Report on vaccination North-West Frontier Province 1904-1922 - 1904-1922
Year: 1904
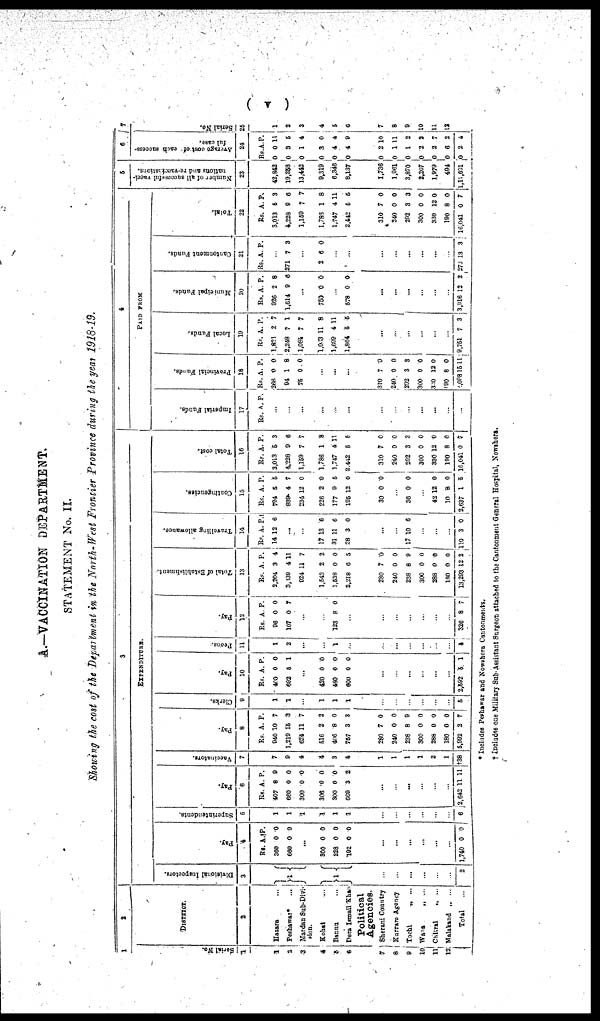
( v )
A.—VACCINATION DEPARTMENT.
STATEMENT No. II.
Showing the cost of the Department in the North-West Frontier Province during the year 1918-19.
1
Serial No.
1
1
2
3
4
5
6
7
8
9
10
11
12
2
DISTRICT.
2
Hazara ...
Peshawar* ...
Mardan Sub-Divi-
sion.
Kohat ...
Bannu ...
Dera Ismail Khan
Political
Agencies.
Sherani Country
Kurram Agency
Tochi
„
...
Wana„
...
Chitral„
...
Malakand „ ...
Total...
3
EXPENDITURE.
Divisional Inspectors.
3
1
1
...
...
...
...
...
...
2
Pay.
4
Rs.
360
660
A.
0
0
P.
0
0
...
300
228
102
0
0
0
0
0
0
...
...
...
...
...
...
1,740 0 0
Superintendents.
5
1
1
1
1
1
1
...
...
...
...
...
...
6
Pay.
6
Rs.
407
660
300
306
300
669
A.
8
0
0
0
0
3
P.
9
0
0
0
0
2
...
...
...
...
...
...
2,642 11 11
Vaccinators.
7
7
9
4
4
3
4
1
1
1
1
2
1
†38
Pay.
8
Rs.
940
1,219
624
516
406
757
A.
10
15
11
2
8
3
P.
7
3
7
2
0
3
280
240
238
300
288
180
5,902
7
0
8
0
0
0
2
0
0
9
0
0
0
7
Clerks.
9
1
1
...
1
1
1
...
...
...
...
...
...
5
Pay.
10
Rs.
400
692
A.
0
5
P.
0
1
...
420
480
600
0
0
0
0
0
0
...
...
...
...
...
...
2,592 5 1
Peons.
11
1
2
...
...
1
...
...
...
...
...
...
...
4
Pay.
12
Rs.
96
107
A.
0
0
P.
0
7
...
...
123 8 0
...
...
...
...
...
...
...
326 8 7
Total of Establishment.
13
Rs.
2,204
3,339
924
1,542
1,538
2,218
A.
3
4
11
2
0
6
P.
4
11
7
2
0
5
280
240
238
300
288
180
13,293
7
0
8
0
0
0
12
0
0
9
0
0
0
2
Travelling allowance.
14
Rs
14
A
12
P.
6
...
...
17
31
28
13
11
3
6
6
0
...
...
17 10 6
...
...
...
110 3 0
Contingencies.
15
Rs.
794
889
234
226
177
195
A.
5
4
12
2
9
12
P.
5
7
0
0
5
0
30 0 0
...
36 0 0
...
43
10
2,637
12
8
1
0
0
5
Total cost.
16
Rs.
3,013
4,228
1,159
1,786
1,747
2,442
A.
5
9
7
1
4
5
P.
3
6
7
8
11
5
310
240
292
300
330
190
16,041
7
0
3
0
12
8
0
0
0
3
0
0
0
7
4
PAID FROM
Imperial Funds.
17
Rs. A. P.
...
...
...
...
...
...
...
...
...
...
...
...
...
Provincial Funds.
18
Rs.
268
94
75
A.
0
1
0
P.
0
8
0
...
...
...
310
240
292
300
330
190
2,098
7
0
3
0
12
8
15
0
0
3
0
0
0
11
Local Funds.
19
Rs.
1,821
2,248
1,084
1,033
1,699
1,864
A.
2
7
7
11
4
5
P.
7
1
7
8
11
5
...
...
...
...
...
...
9,751 7 3
Municipal Funds.
20
Rs.
926
1,614
A.
2
9
P.
8
6
...
750 0 0
...
578 0 0
...
...
...
...
...
...
3,916 12 2
Cantonment Funds.
21
Rs. A. P.
...
271 7 3
...
2 6 0
...
...
...
...
...
...
273 13 3
Total.
22
Rs.
3,013
4,228
1,159
1,786
1,747
2,442
A.
5
9
7
1
4
5
P.
3
6
7
8
11
5
310
240
292
300
330
190
16,041
7
0
3
0
12
8
0
0
0
3
0
0
0
7
5
Number of all successful vacci-
nations and re-vaccinations.
23
42,842
19,358
13,442
9,319
6,346
8,137
1,736
1,961
3,870
2,207
1,979
494
1,11,691
6
Average cost of each success-
ful case.
24
Rs.
0
0
0
0
0
0
A
0
3
1
3
4
4
P.
11
5
4
0
4
9
0
0
0
0
0
0
0
2
1
1
2
2
6
2
10
11
2
2
7
2
4
7
Serial No.
25
1
2
3
4
5
6
7
8
9
10
11
12
* Includes Peshawar and Nowshera Cantonments.
† Includes one Military Sub-Assistant Surgeon attached to the Cantonment General Hospital, Nowshera.